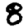
Digit: 8